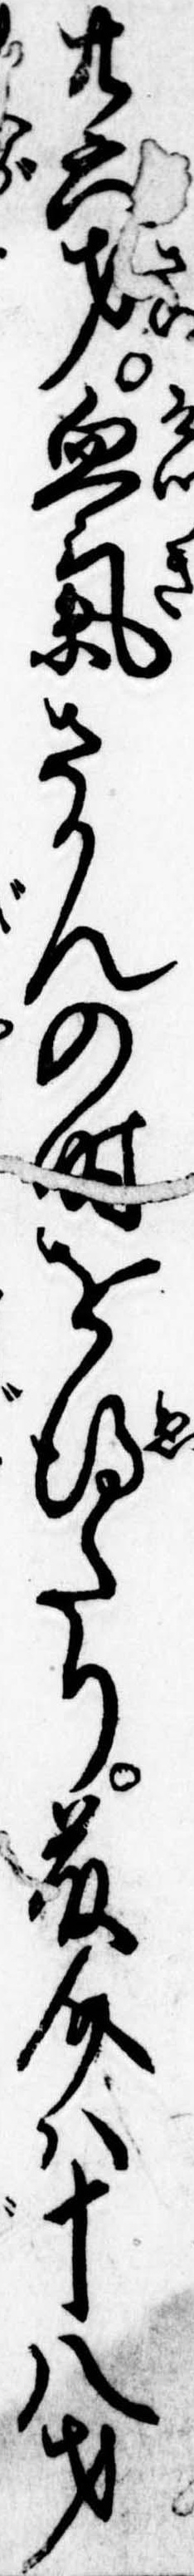
廿六才血気さかんの時を得たり藤介は十八才